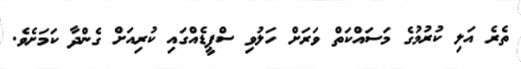
ތެރެ އަލި ކުރުމުގެ މަސައްކަތް ވަރަށް ހަލުވި ސްޕީޑެއްގައި ކުރިއަށް ގެންދާ ކަމަށެވެ.